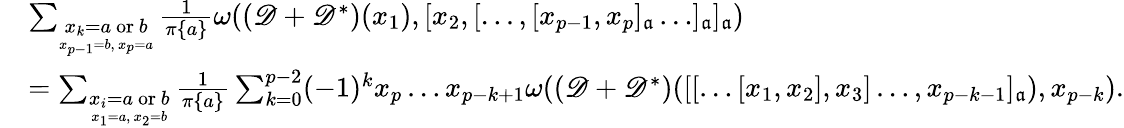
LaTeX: \begin{array}{rl}&{\sum_{\underset{x_{p-1}=b,~x_{p}=a}{x_{k}=a\mathrm{~or~}b}}\frac{1}{\pi\{ a\} }\omega(({\mathscr D}+{\mathscr D}^{*})(x_{1}),[x_{2},[\dots,[x_{p-1},x_{p}]_{\mathfrak{a}}\dots]_{\mathfrak{a}}]_{\mathfrak{a}})}\\ &{=\sum_{\underset{x_{1}=a,~x_{2}=b}{x_{i}=a\mathrm{~or~}b}}\frac{1}{\pi\{ a\} }\sum_{k=0}^{p-2}(-1)^{k}x_{p}\dots x_{p-k+1}\omega(({\mathscr D}+{\mathscr D}^{*})([[\dots[x_{1},x_{2}],x_{3}]\dots,x_{p-k-1}]_{\mathfrak{a}}),x_{p-k}).}\end{array}